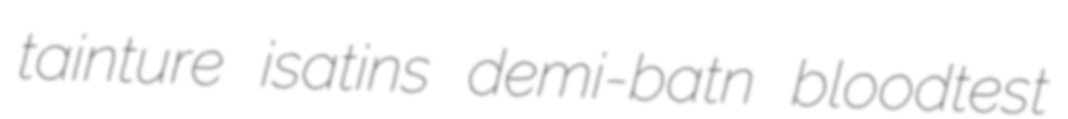
tainture isatins demi-batn bloodtest